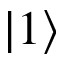
\lvert 1 \rangle